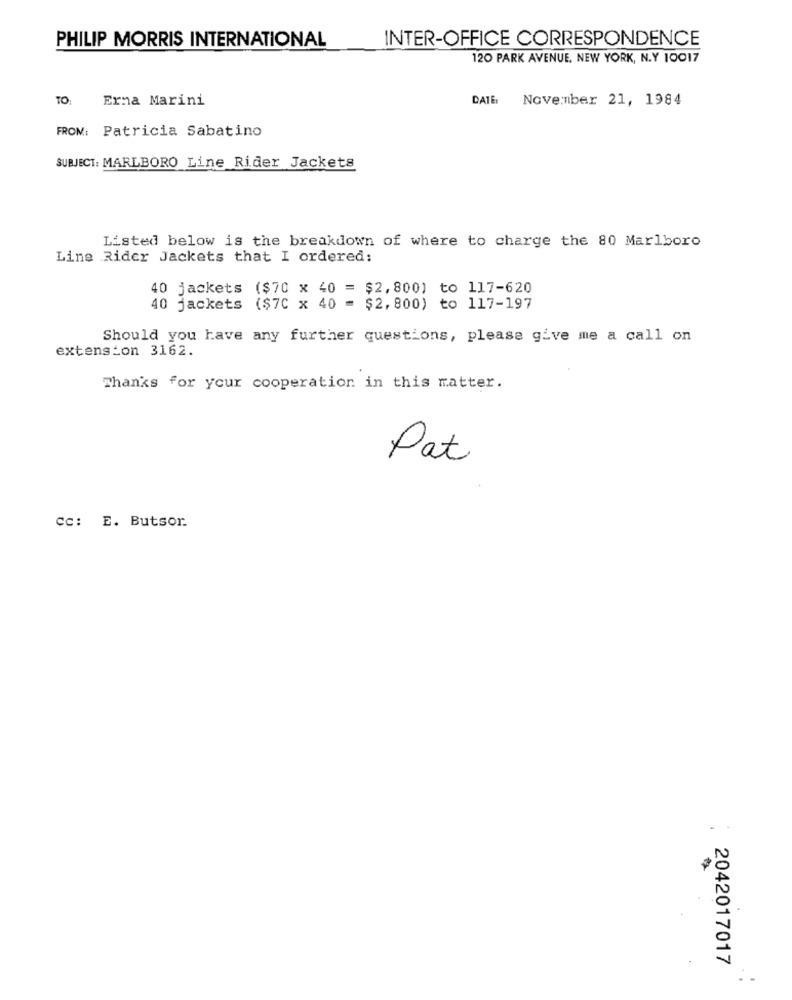
PHILIP MORRIS INTERNATIONAL
INTER-OFFICE CORRESPONDENCE
120 PARK AVENUE, NEW YORK, N.Y 10017
TO:
Erna Marini
DATE November 21, 1984
FROM: Patricia Sabatino
SUBJECT: MARLBORO Line Rider Jackets
Listed below is the breakdown of where to charge the 80 Marlboro
Line Rider Jackets that I ordered:
40 jackets ($70 x 40 = $2,800) to 117-620
40 jackets ($70 x 40 = $2,800) to 117-197
Should you have any further questions, please give me a call on
extension 3162.
Thanks for your cooperation in this matter.
Pat
Cc: E. Butsor.
2042017017